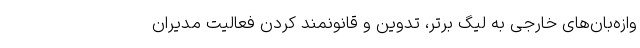
وازه‌بان‌های خارجی به لیگ برتر، تدوین و قانونمند کردن فعالیت مدیران